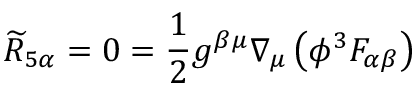
{ \widetilde { R } } _ { 5 \alpha } = 0 = { \frac { 1 } { 2 } } g ^ { \beta \mu } \nabla _ { \mu } \left( \phi ^ { 3 } F _ { \alpha \beta } \right)